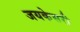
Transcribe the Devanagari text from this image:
जयकेसरी